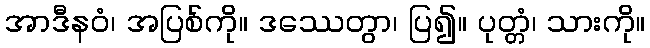
အာဒီနဝံ၊ အပြစ်ကို။ ဒဿေတွာ၊ ပြ၍။ ပုတ္တံ၊ သားကို။